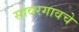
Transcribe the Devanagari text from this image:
सावरगावचे